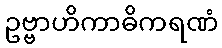
ဥဗ္ဗာဟိကာဓိကရဏံ